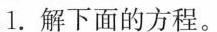
1.解下面的方程。